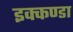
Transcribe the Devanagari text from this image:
इक्कण्डा